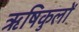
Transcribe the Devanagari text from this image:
ऋषिकुलों